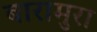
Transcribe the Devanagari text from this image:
बारामुरा